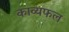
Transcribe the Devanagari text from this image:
काव्यफल